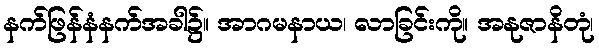
နက်ဖြန်နံနက်အခါ၌။ အာဂမနာယ၊ လာခြင်းကို။ အနုဇာနိတုံ၊